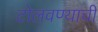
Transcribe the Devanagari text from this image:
टोलवण्याची